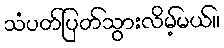
သံပတ်ပြတ်သွားလိမ့်မယ်။